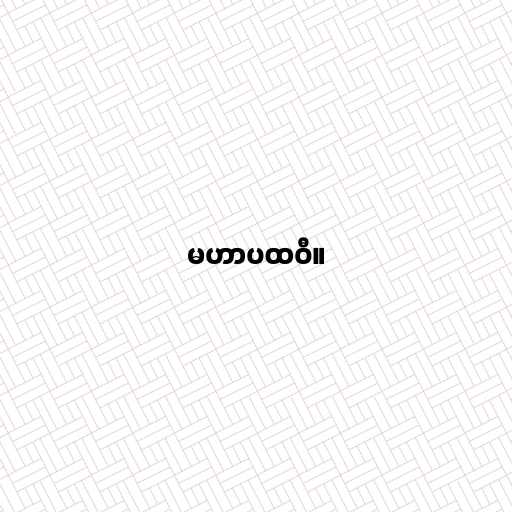
မဟာပထဝီ။